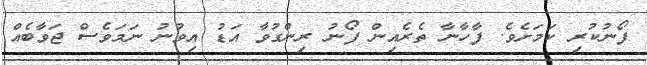
ފޯނުކުރި ކަމަށެވެ. ފާހާނާ ތެރެއިން ފޯނު ރިންގުވާ އަޑު އިވުނު ނަމަވެސް ޖަވާބެއް